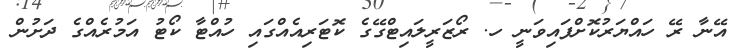
އޭނާ ރޭ ހައްޔަރުކޮށްފައިވަނީ ހ. ރޯޒަރީލައިޓްގޭގެ ކޮޓަރިއެއްގައި ހުއްޓާ ކޯޓު އަމުރެއްގެ ދަށުން